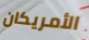
الأمريكان